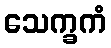
သေက္ခကံ